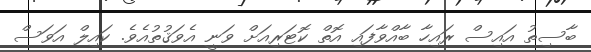
ބާސިތު އައިސް ރައިހާ ބާއްވާފައި އޮތް ކޮޓަރިއަަށް ވަނީ އެވަޤުތުއެވެ. ކައިލް އަވަސް